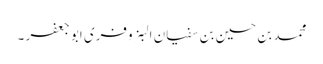
محمد بن حسین بن سفیان البزوفری ابو جعفر ۔